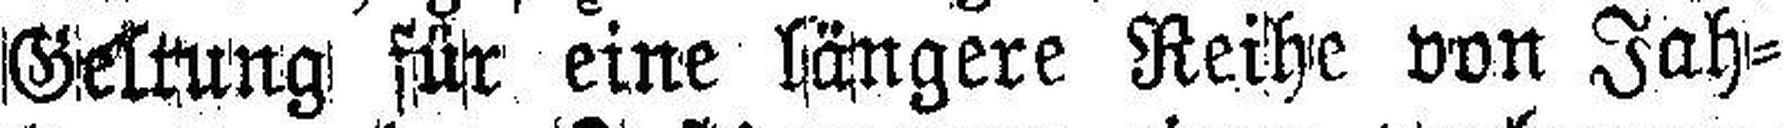
seine Geltung für eine längere Reihe von Jah¬